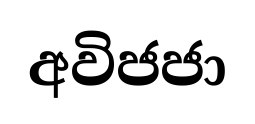
අවිජජා